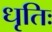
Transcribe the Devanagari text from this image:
धृतिः